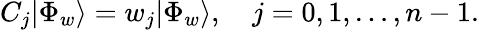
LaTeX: {C}_{j}|\Phi_{w}\rangle=w_{j}|\Phi_{w}\rangle,\quad j=0,1,\ldots,n-1.